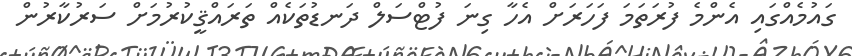
ގައުމެއްގައި އެންމެ ފުރަތަމަ ފަހަރަށް އެހާ ގިނަ ފުޓްސަލް ދަނޑުތަކެއް ތަރައްޤީކުރުމަށް ސަރުކާރުން